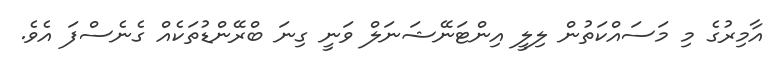
އާމިރުގެ މި މަސައްކަތުން ލިލީ އިންޓަނޭޝަނަލް ވަނީ ގިނަ ބްރޭންޑުތަކެއް ގެނެސްފަ އެވެ.